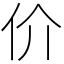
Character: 价